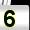
Digit: 5